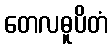
တေလဓူပိတံ